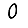
Digit: 0